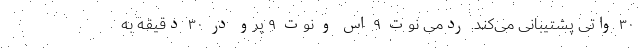
۳۰ واتی پشتیبانی می‌کند. ردمی نوت ۹ اس و نوت ۹ پرو در ۳۰ دقیقه به